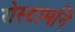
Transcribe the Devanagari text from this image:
रोस्टामनि